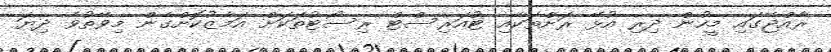
ރާއްޖޭގައި މީހުން ދިރި އުޅޭ ރަށްތަކާއި ޓުއަރިސްޓް ރިސޯޓުތަކަށް އަމާޒުކޮށްގެން މިވޭތުވެ ދިޔަ